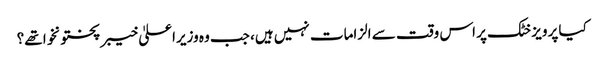
کیا پرویز خٹک پر اس وقت سے الزامات نہیں ہیں، جب وہ وزیراعلیٰ خیبر پختونخوا تھے؟